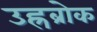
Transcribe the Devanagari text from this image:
उह्रब्रोक